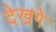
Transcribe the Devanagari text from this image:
देखगे